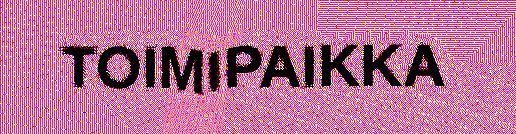
TOIMIPAIKKA